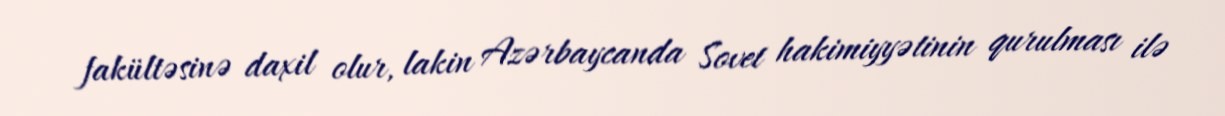
fakültəsinə daxil olur, lakin Azərbaycanda Sovet hakimiyyətinin qurulması ilə